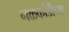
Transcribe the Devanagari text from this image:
नळकांडीच्या